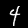
Digit: 4